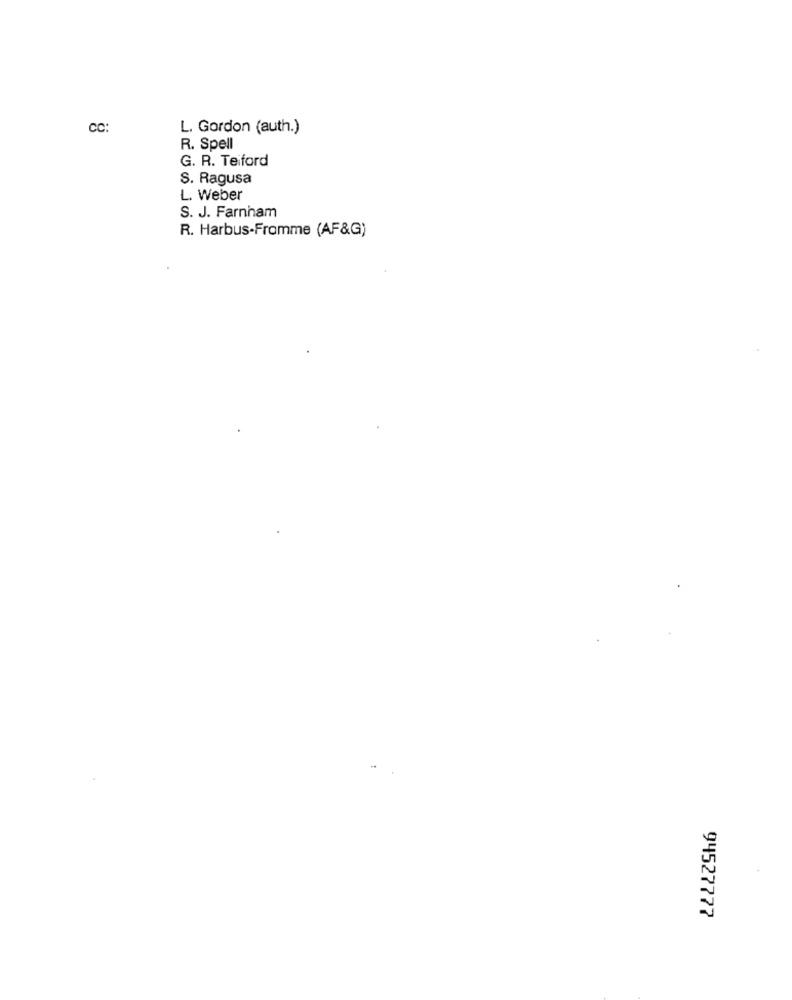
cc:
L. Gordon (auth.)
R. Spell
G. R. Teiford
S. Ragusa
L. Weber
S. J. Farnham
R. Harbus-Fromme (AF&G)
94527777